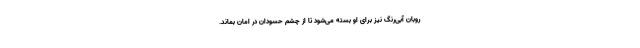
روبان آبی‌رنگ نیز برای او بسته می‌شود تا از چشم حسودان در امان بماند.